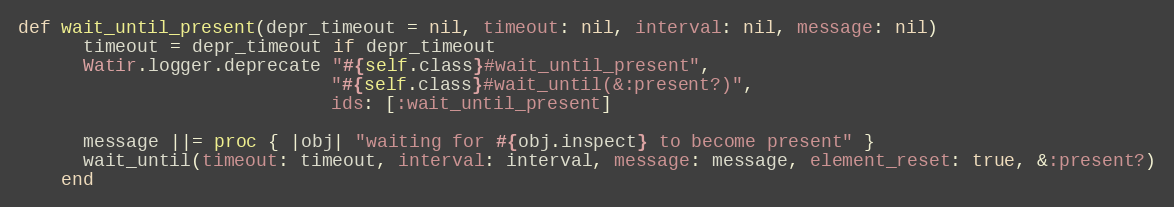
Language: Ruby
def wait_until_present(depr_timeout = nil, timeout: nil, interval: nil, message: nil)
      timeout = depr_timeout if depr_timeout
      Watir.logger.deprecate "#{self.class}#wait_until_present",
                             "#{self.class}#wait_until(&:present?)",
                             ids: [:wait_until_present]

      message ||= proc { |obj| "waiting for #{obj.inspect} to become present" }
      wait_until(timeout: timeout, interval: interval, message: message, element_reset: true, &:present?)
    end